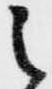
御